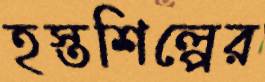
হস্তশিল্পের